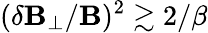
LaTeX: (\delta\mathbf{B}_{\perp}/\mathbf{B})^{2}\gtrsim2/\beta